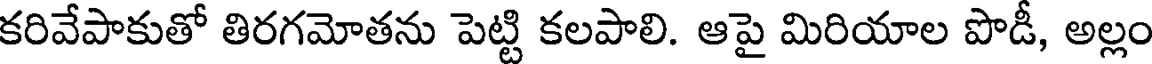
కరివేపాకుతో తిరగమోతను పెట్టి కలపాలి. ఆపై మిరియాల పొడీ, అల్లం